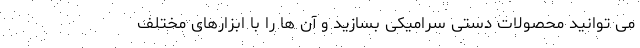
می توانید محصولات دستی سرامیکی بسازید و آن ها را با ابزارهای مختلف